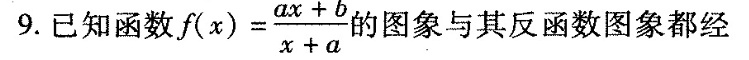
9.已知函数$$f ( x ) = \frac { a x + b } { x + a }$$勺图象与其反函数图象都经